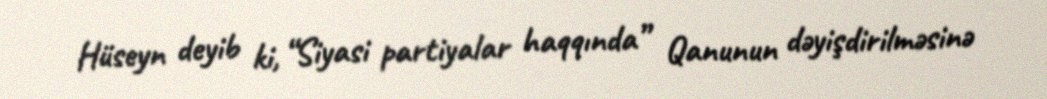
Hüseyn deyib ki, “Siyasi partiyalar haqqında” Qanunun dəyişdirilməsinə